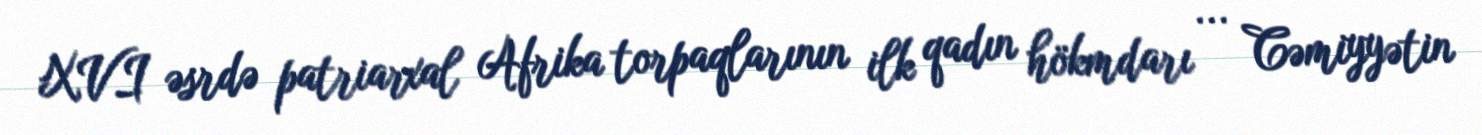
XVI əsrdə patriarxal Afrika torpaqlarının ilk qadın hökmdarı ... Cəmiyyətin